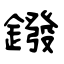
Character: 鏺